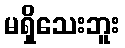
မရှိသေးဘူး